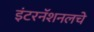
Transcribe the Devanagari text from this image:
इंटरनॅशनलचे